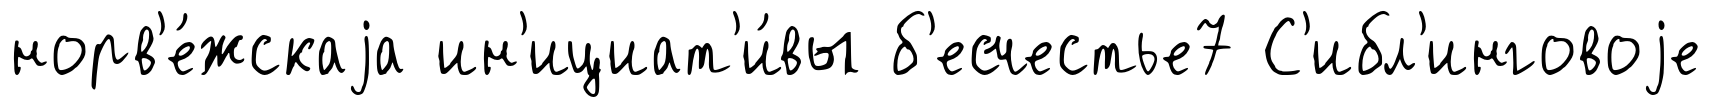
норв'е́жскаjа ин'ициат'и́вы б'есчестье7 С'ибл'инговоjе